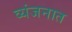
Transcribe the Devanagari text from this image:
व्यंजनात